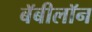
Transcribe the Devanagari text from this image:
बॅबीलॉन